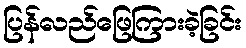
ပြန်လည်ဖြေကြားခဲ့ခြင်း